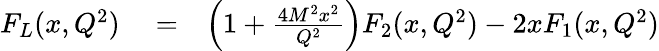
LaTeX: \begin{array}{rlr}{F_{L}(x,Q^{2})}&{{}=}&{\left(1+\frac{4M^{2}x^{2}}{Q^{2}}\right)F_{2}(x,Q^{2})-2xF_{1}(x,Q^{2})}\end{array}